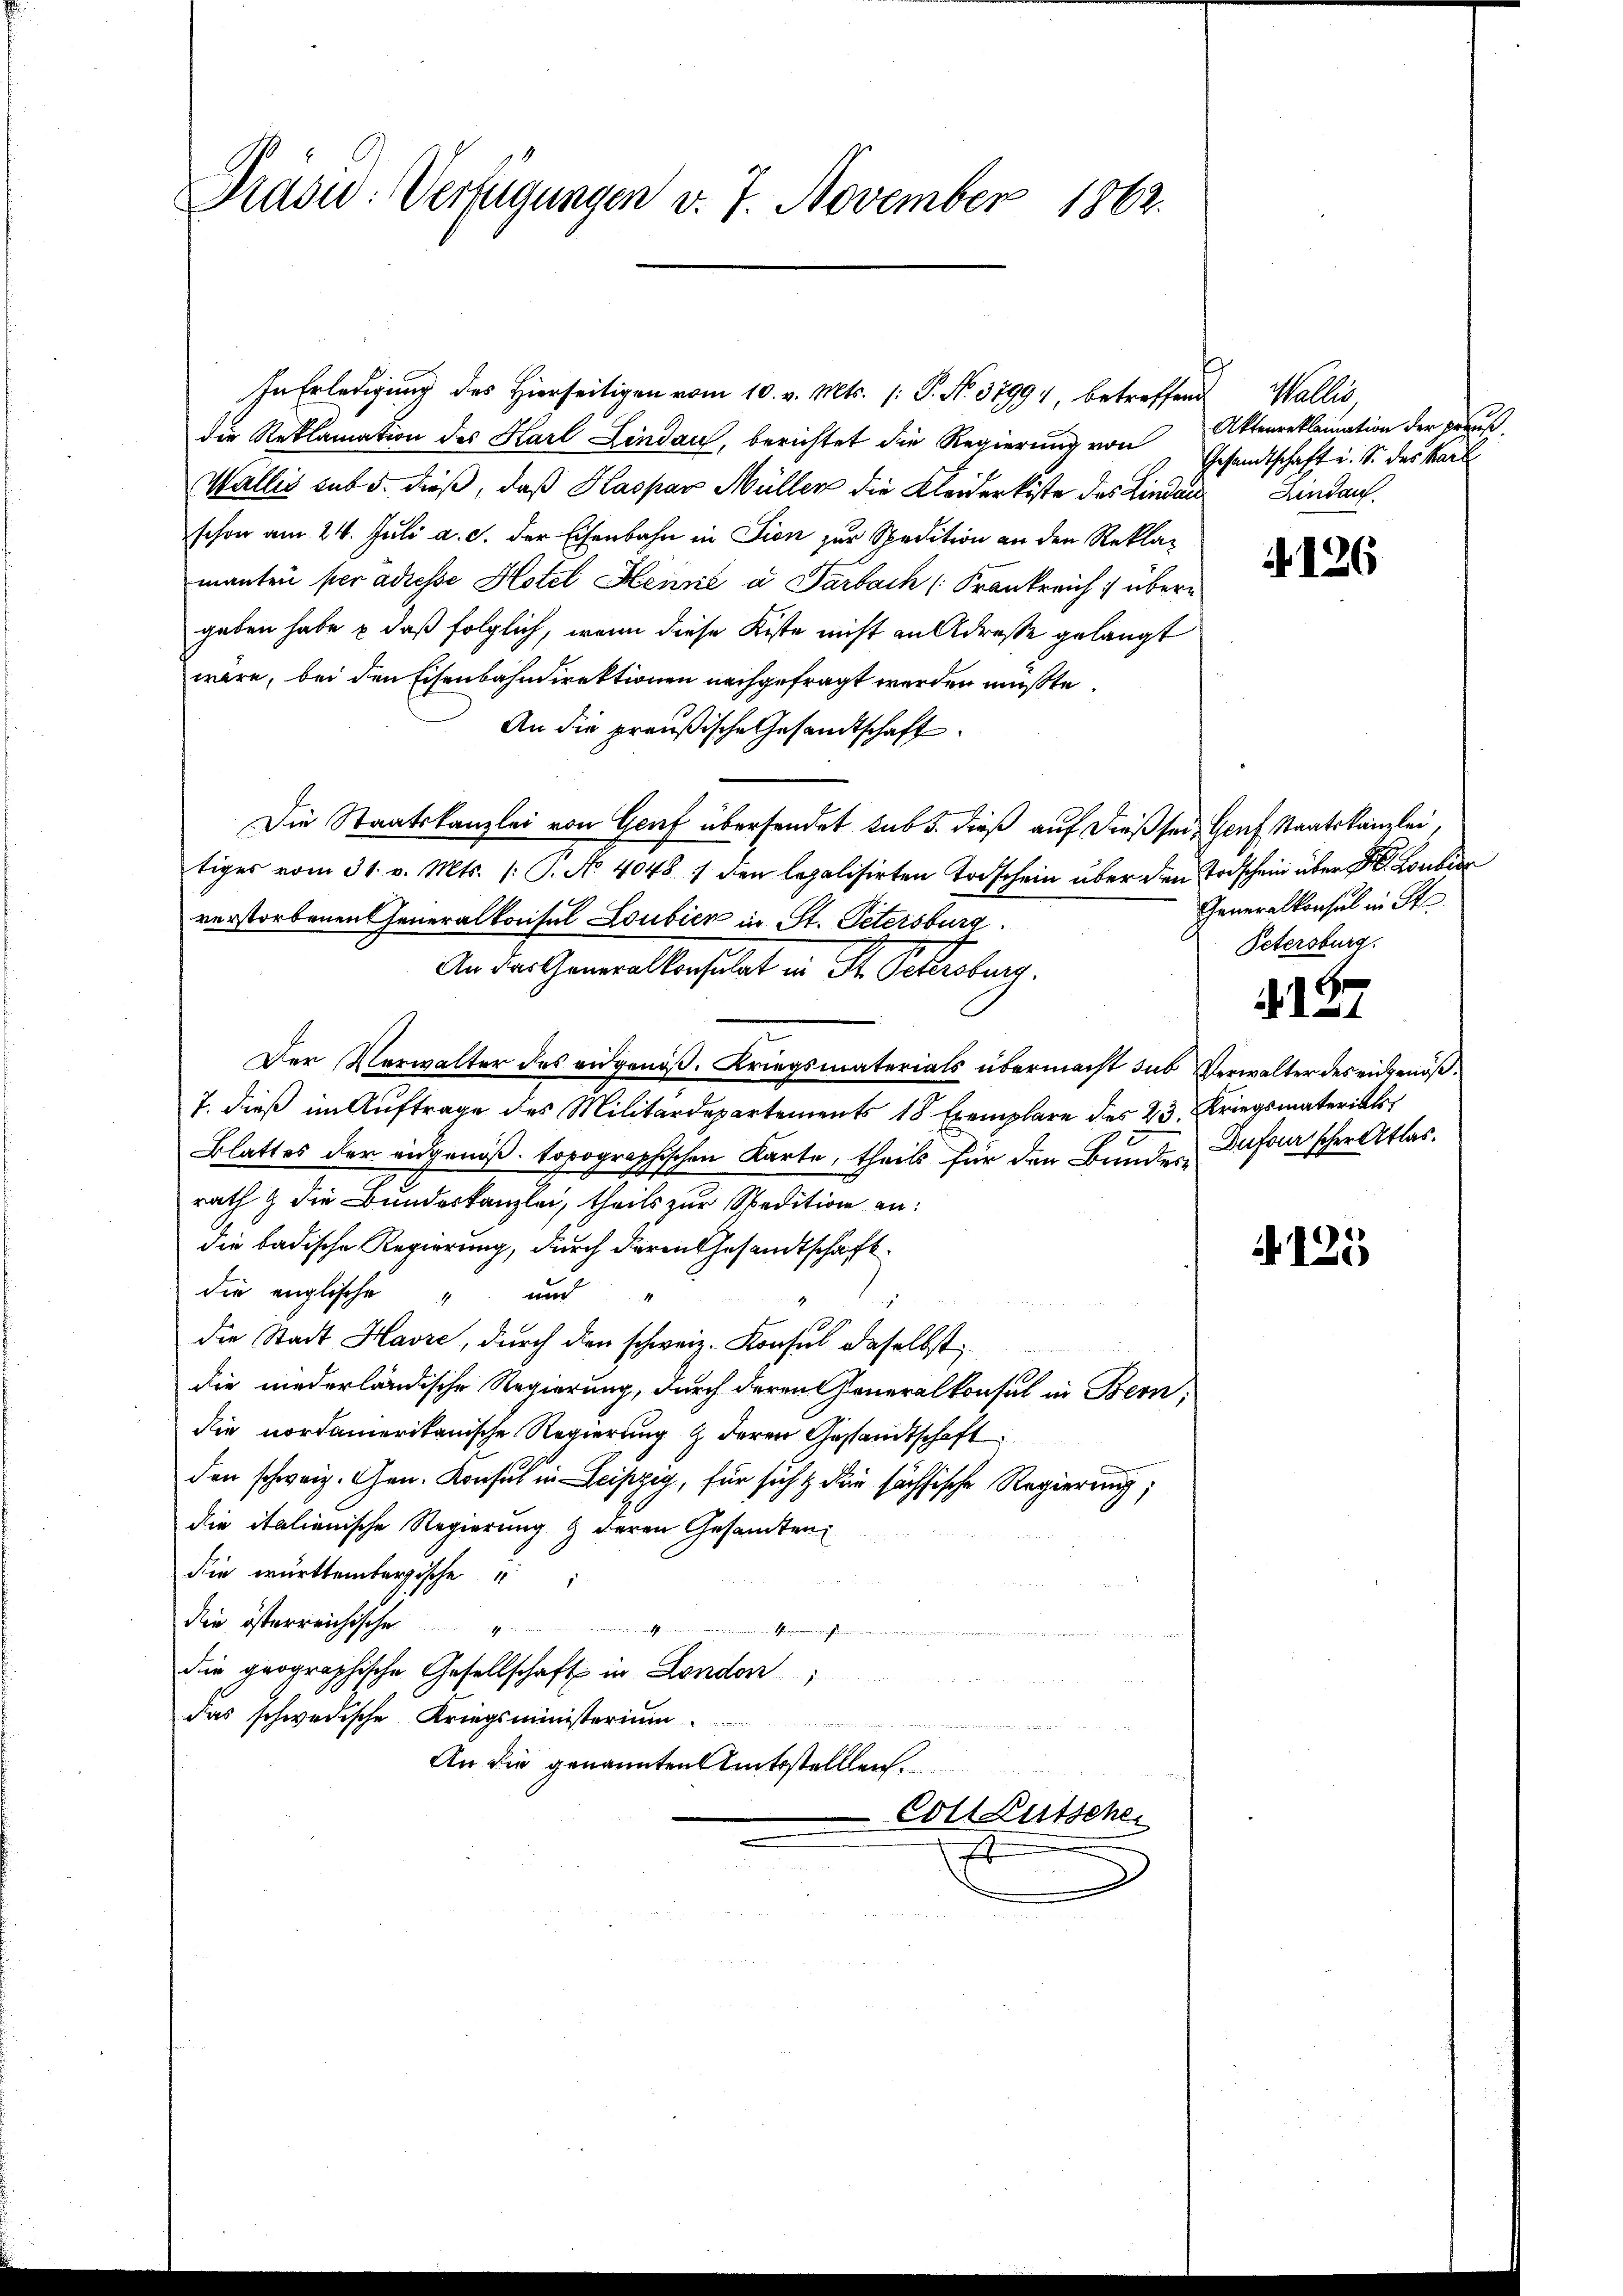
Präsid. Verfügungen v. 7. November 1862.

In Erledigung des Hierseitigen vom 10. v. Mts. (: P. No. 37994, betreffend
die Reklamation des Harl Lindau, berichtet die Regierung von
Wallis sub 5. dieß, daß Haspar Müller die Kleiderkiste des Lindau Lindau.
schon am 24. Juli a. c. der Eisenbahn in Tien zur Spedition an den Reklamanten per adresse Hotel Henne a Parbach Krankreich übern
geben habe & daß folglich, wenn diese Kiste nicht an Adresse gelangt
wäre, bei den Eisenbahndirektionen nachgefragt werden müßte.
An die preußische Gesandtschaft.
Die Staatskanzlei von Genf übersendet sub. dieß auf dieß sein Genf Staatskanzlei,
tiges vom 31. v. Mts. (T. No. 4048 / den legalisirten Todschein über den Todschein über Fr. Konkur
verstorbenen Generalkonsul Loubien in St. Petersburg
An das Generallersalat in St. Petrieberg.
Der Verwalter des eidgenöß. Kriegsmaterials übermacht sub Verwalter des eidgenöß¬
7. dieß im Auftrage des Militärdepartements 18 Exemplare dies 23. Kriegsmaterials
Blattes der eidgenöß. topographischen Karte, theils für den Bundesrath & die Bundeskanzlei, theils zur Spedition an:
die badische Regierung, durch deren Gesandtschaft
die englische  und
die Stadt Havre, durch den schweiz. Konsul daselbst,
die niederländische Regierung, durch deren Generalkonsul in Bern,
die nordamerikanische Regierung & deren Gestandtschaft
den schweiz. Gen. Konsul in Leipzig, für sicht der sächsische Regierung;
die italienische Regierung & deren Gesamten
die württembergische
die österreichischen
 .
in Herren wichen
die geographische Gesellschaft in London
das schwedische Kriegsministerium
n
An die genannten Amtsstelllen.
Cottkutsche

b
Wallis
Aktenreklamation der Braus.
Gesandtschaft u. S. des Karl

126

Generalkonsul in Ste
Petersburg.

137

Dufourischer Atlas.

A. 125